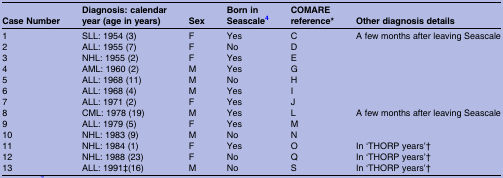
<table><thead><tr><td><b>Case Number</b></td><td><b>Diagnosis: calendar year (age in years)</b></td><td><b>Sex</b></td><td><b>Born in Seascale4</b></td><td><b>COMARE reference*</b></td><td><b>Other diagnosis details</b></td></tr></thead><tbody><tr><td>1</td><td>SLL: 1954 (3)</td><td>F</td><td>Yes</td><td>C</td><td>A few months after leaving Seascale</td></tr><tr><td>2</td><td>ALL: 1955 (7)</td><td>F</td><td>No</td><td>D</td><td></td></tr><tr><td>3</td><td>NHL: 1955 (2)</td><td>F</td><td>Yes</td><td>E</td><td></td></tr><tr><td>4</td><td>AML: 1960 (2)</td><td>M</td><td>Yes</td><td>G</td><td></td></tr><tr><td>5</td><td>ALL: 1968 (11)</td><td>M</td><td>No</td><td>H</td><td></td></tr><tr><td>6</td><td>ALL: 1968 (4)</td><td>M</td><td>Yes</td><td>I</td><td></td></tr><tr><td>7</td><td>ALL: 1971 (2)</td><td>F</td><td>Yes</td><td>J</td><td></td></tr><tr><td>8</td><td>CML: 1978 (19)</td><td>M</td><td>Yes</td><td>L</td><td>A few months after leaving Seascale</td></tr><tr><td>9</td><td>ALL: 1979 (5)</td><td>F</td><td>Yes</td><td>M</td><td></td></tr><tr><td>10</td><td>NHL: 1983 (9)</td><td>M</td><td>No</td><td>N</td><td></td></tr><tr><td>11</td><td>NHL: 1984 (1)</td><td>F</td><td>Yes</td><td>O</td><td>In ‘THORP years’†</td></tr><tr><td>12</td><td>NHL: 1988 (23)</td><td>F</td><td>No</td><td>Q</td><td>In ‘THORP years’†</td></tr><tr><td>13</td><td>ALL: 1991‡(16)</td><td>M</td><td>No</td><td>S</td><td>In ‘THORP years’†</td></tr></tbody></table>